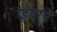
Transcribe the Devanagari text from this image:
इंटरपे